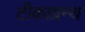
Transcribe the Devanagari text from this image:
टीकाग्रन्थ